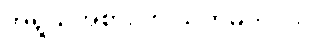
အရွယ်အစား ကို သတ်မှတ်ပါ။